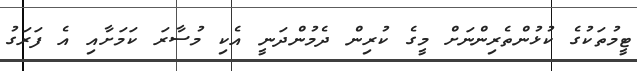
ޓީމުތަކުގެ ކުޅުންތެރިންނަށް މީގެ ކުރިން ދެމުންދަނީ އެކި މުސާރަ ކަމަށާއި އެ ފަރަގު